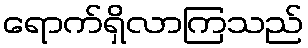
ရောက်ရှိလာကြသည်